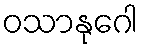
ဝသာနုဂေါ